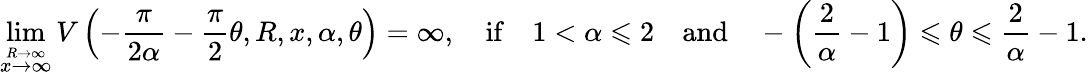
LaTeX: \operatorname*{lim}_{\stackrel{R\to\infty}{x\to\infty}}V\left(-\frac{\pi}{2\alpha}-\frac{\pi}{2}\theta,R,x,\alpha,\theta\right)=\infty,\quad\mathrm{if}\quad 1<\alpha\leqslant 2\quad\mathrm{and}\quad-\left(\frac{2}{\alpha}-1\right)\leqslant\theta\leqslant\frac{2}{\alpha}-1.